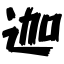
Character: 迦